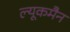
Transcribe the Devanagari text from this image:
ल्यूकमैन